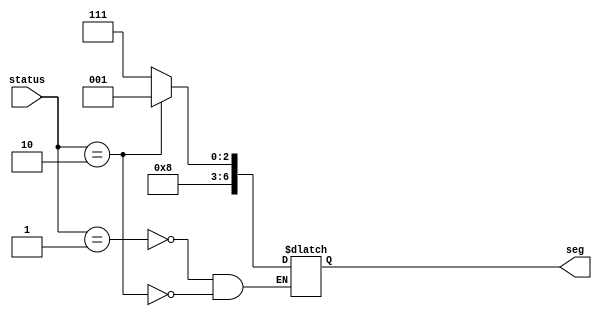
module seven_segment(
    input [1:0] status,
    output reg [6:0] seg
);
always @(status) 
begin
case(status)
2'b01: seg=7'b1000111; //L lock
2'b10: seg=7'b1000001; //U unlock

endcase
end

endmodule